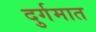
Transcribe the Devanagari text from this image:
दुर्गमात